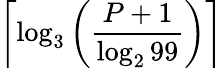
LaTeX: \left\lceil\log_{3}\left({\frac{P+1}{\log_{2}99}}\right)\right\rceil